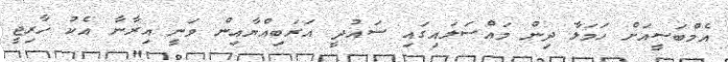
އެމްބަސީއަށް ހަމަލާ ދިން މައްސަލައިގައި ސައުދީ އަރަބިއްޔާއިން ވަނީ އިރާނާ އެކު ޚާރިޖީ